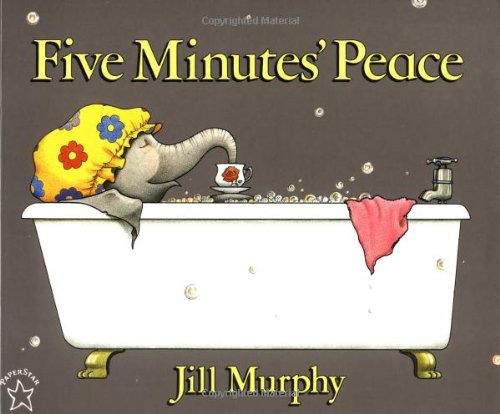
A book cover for Five Minutes' Peace; Jill Murphy; Children's Books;